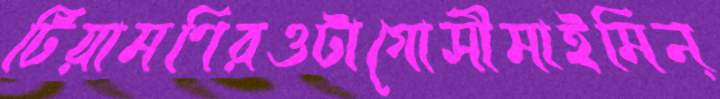
টিয়ামণিরওটাগোসীমাইমিন্